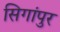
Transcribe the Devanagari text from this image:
सिगांपुर